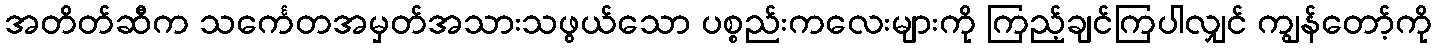
အတိတ်ဆီက သင်္ကေတအမှတ်အသားသဖွယ်သော ပစ္စည်းကလေးများကို ကြည့်ချင်ကြပါလျှင် ကျွန်တော့်ကို